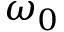
\omega _ { 0 }